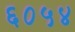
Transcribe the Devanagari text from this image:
६०५४